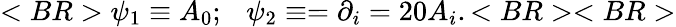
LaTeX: <BR>\psi_{1}\equiv A_{0};~~~\psi_{2}\equiv=\partial_{i}=20A_{i}.<BR><BR>